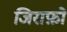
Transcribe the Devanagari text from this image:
जिराफ़ों